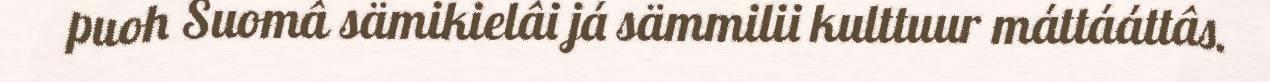
puoh Suomâ sämikielâi já sämmilii kulttuur máttááttâs.